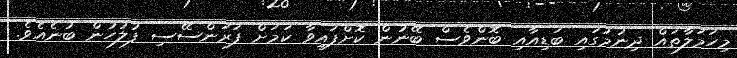
މިހަމަލާތައް ދިނުމުގައި ބަޑިއާއި ބޮންވެސް ބޭނުން ކޮށްފައިވާ ކަމަށް ފަރަންސޭސި ފުލުހުން ބުނެއެވެ.